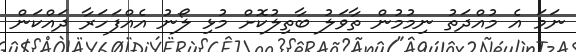
ނަމަ އެ މުއްދަތު ނިމުމުން ތާވަލު ބާތިލުކޮށް މުޅި ލޯނު އެއްފަހަރާ ދައްކަން